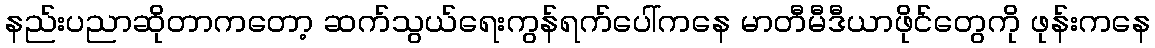
နည်းပညာဆိုတာကတော့ ဆက်သွယ်ရေးကွန်ရက်ပေါ်ကနေ မာတီမီဒီယာဖိုင်တွေကို ဖုန်းကနေ